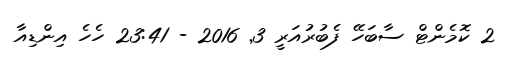
2 ކޮމެންޓް ސާބަހޭ ފެބުރުއަރީ 3